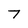
Character: 7